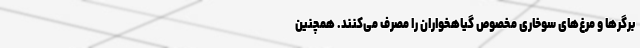
برگر‌ها و مرغ‌های سوخاری مخصوص گیاهخواران را مصرف می‌کنند. همچنین